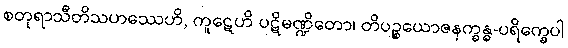
စတုရာသီတိသဟဿေဟိ, ကူဋေဟိ ပဋိမဏ္ဍိတော၊ တိပဉ္စယောဇနက္ခန္ဓ-ပရိက္ခေပါ